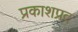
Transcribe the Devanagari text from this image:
प्रकाशप्रद